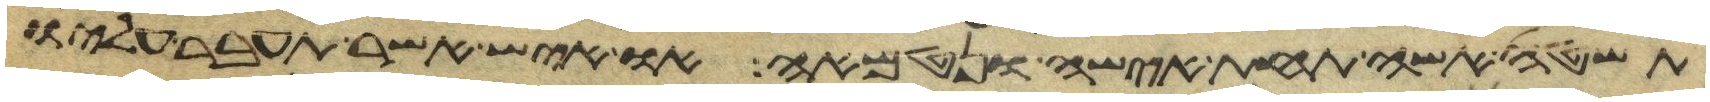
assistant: תשטה אשה תחת אישה ונטמאה או איש אשר תעבר עליו